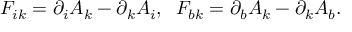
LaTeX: F _ { i k } = \partial _ { i } A _ { k } - \partial _ { k } A _ { i } , \; \; F _ { b k } = \partial _ { b } A _ { k } - \partial _ { k } A _ { b } .